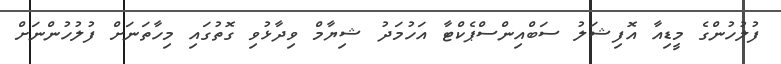
ފުލުހުންގެ މީޑިއާ އޮފިޝަލު ސަބްއިންސްޕެކްޓާ އަހުމަދު ޝިޔާމް ވިދާޅުވި ގޮތުގައި މިހާތަނަށް ފުލުހުންނަށް